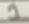
Text: 1